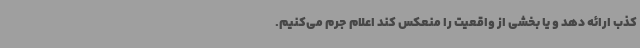
کذب ارائه دهد و یا بخشی از واقعیت را منعکس کند اعلام جرم می‌کنیم.